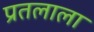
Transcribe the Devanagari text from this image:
प्रतलाला